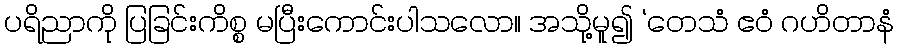
ပရိညာကို ပြခြင်းကိစ္စ မပြီးကောင်းပါသလော။ အသို့မူ၍ ‘တေသံ ဧဝံ ဂဟိတာနံ